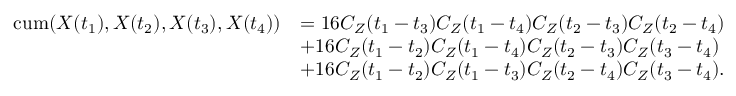
\begin{array} { r l } { \mathrm { c u m } ( X ( t _ { 1 } ) , X ( t _ { 2 } ) , X ( t _ { 3 } ) , X ( t _ { 4 } ) ) } & { = 1 6 C _ { Z } ( t _ { 1 } - t _ { 3 } ) C _ { Z } ( t _ { 1 } - t _ { 4 } ) C _ { Z } ( t _ { 2 } - t _ { 3 } ) C _ { Z } ( t _ { 2 } - t _ { 4 } ) } \\ & { + 1 6 C _ { Z } ( t _ { 1 } - t _ { 2 } ) C _ { Z } ( t _ { 1 } - t _ { 4 } ) C _ { Z } ( t _ { 2 } - t _ { 3 } ) C _ { Z } ( t _ { 3 } - t _ { 4 } ) } \\ & { + 1 6 C _ { Z } ( t _ { 1 } - t _ { 2 } ) C _ { Z } ( t _ { 1 } - t _ { 3 } ) C _ { Z } ( t _ { 2 } - t _ { 4 } ) C _ { Z } ( t _ { 3 } - t _ { 4 } ) . } \end{array}